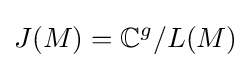
J(M)={\mathbb {C}}^{g}/L(M)